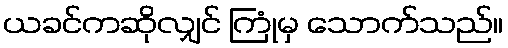
ယခင်ကဆိုလျှင် ကြုံမှ သောက်သည်။